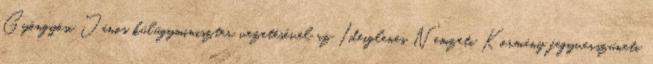
Gyöngyösi János külügyminiszter vezetésével az Ideiglenes Nemzeti Kormány fegyverszüneti